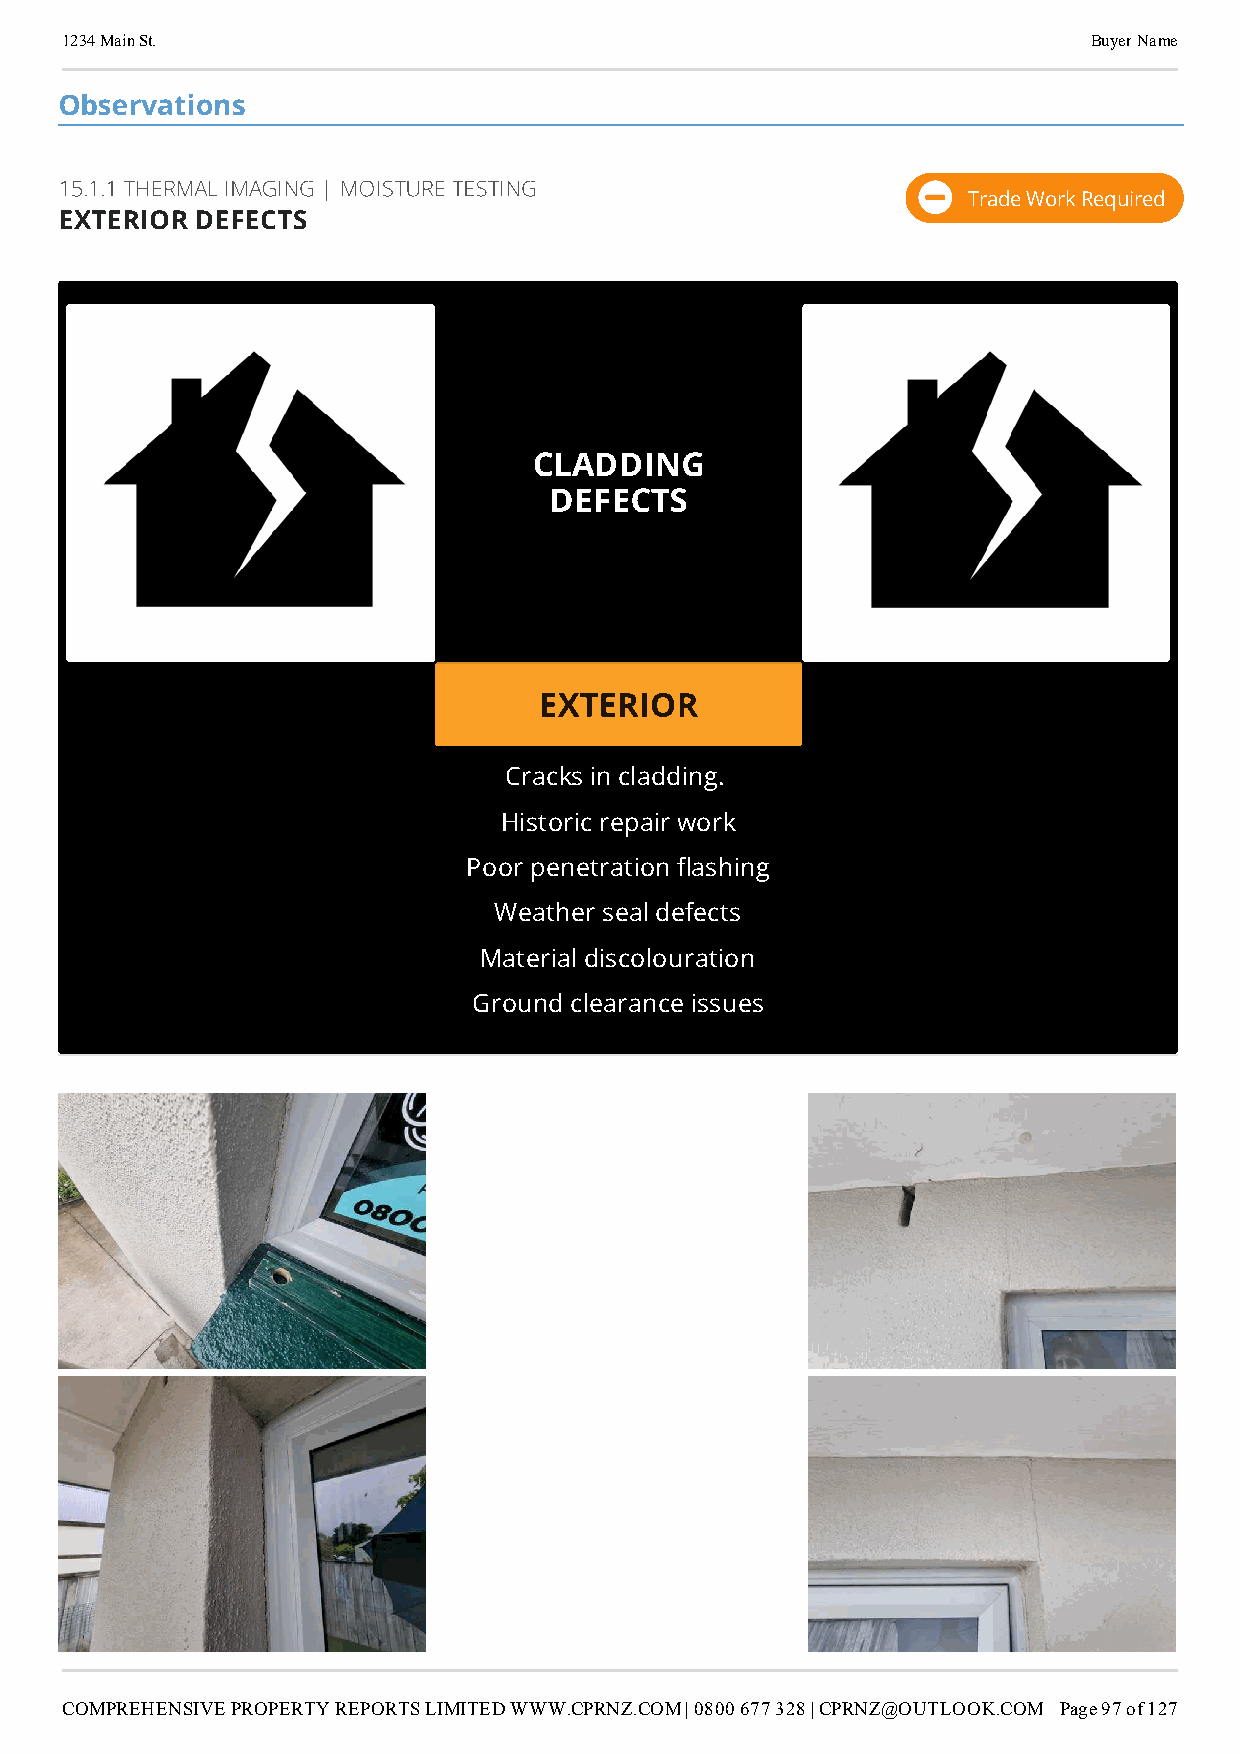
1234 Main St.                                                       Buyer Name
 Observations
 15.1.1 THERMAL IMAGING | MOISTURE TESTING
 Trade Work Required
 EXTERIOR DEFECTS
 CLADDING
 DEFECTS
 EXTERIOR
 Cracks in cladding.
 Historic repair work
 Poor penetration ashing
 Weather seal defects
 Material discolouration
 Ground clearance issues
 COMPREHENSIVE PROPERTY REPORTS LIMITED WWW.CPRNZ.COM | 0800 677 328 | CPRNZ@OUTLOOK.COM Page 97 of 127